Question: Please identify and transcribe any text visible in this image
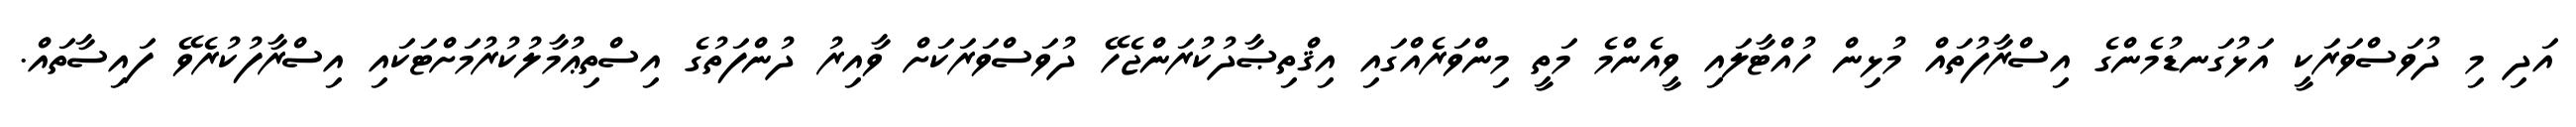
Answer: އަދި މި ދުވަސްވަރަކީ އަޅުގަނޑުމެންގެ އިސްރާފުތައް މުޅިން ހުއްޓާލައި ވީއެންމެ މަތީ މިންވަރެއްގައި އިޤްތިޞާދުކުރަންޖެހޭ ދުވަސްވަރަކަށް ވާއިރު ދުންފަތުގެ އިސްތިޢުމާލުކުރުމަށްޓަކައި އިސްރާފުކުރެވޭ ފައިސާތައް.